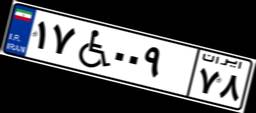
۱۷W۰۰۹۷۸